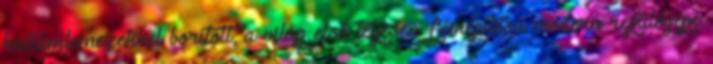
hullámlemezekkel borított, a világ első teljesen fémépítésű modern repülőgépe